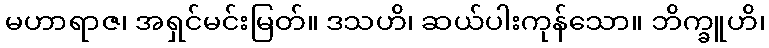
မဟာရာဇ၊ အရှင်မင်းမြတ်။ ဒသဟိ၊ ဆယ်ပါးကုန်သော။ ဘိက္ခူဟိ၊